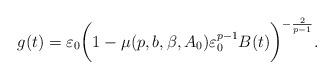
LaTeX: \begin{align*}g(t)= \varepsilon_0\bigg( 1 - \mu (p,b,\beta ,A_0) \varepsilon _0^{p-1}B(t) \bigg)^{- \frac{2}{p-1}}.\end{align*}